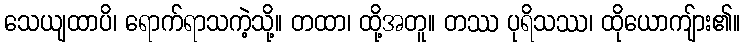
သေယျထာပိ၊ ရောက်ရာသကဲ့သို့။ တထာ၊ ထို့အတူ။ တဿ ပုရိသဿ၊ ထိုယောကျ်ား၏။